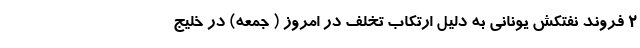
۲ فروند نفتکش یونانی به دلیل ارتکاب تخلف در امروز ( جمعه) در خلیج